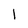
Character: 1